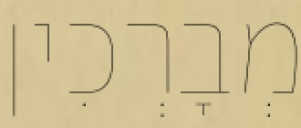
מְבָרְכִין